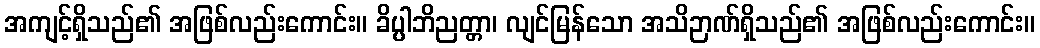
အကျင့်ရှိသည်၏ အဖြစ်လည်းကောင်း။ ခိပ္ပါဘိညတ္တာ၊ လျင်မြန်သော အသိဉာဏ်ရှိသည်၏ အဖြစ်လည်းကောင်း။